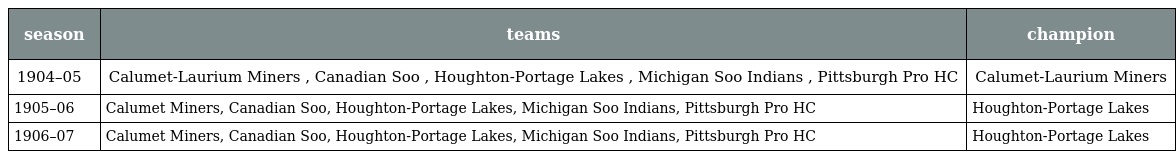
| season | teams | champion |
 | --- | --- | --- |
 | 1904–05 | Calumet-Laurium Miners , Canadian Soo , Houghton-Portage Lakes , Michigan Soo Indians , Pittsburgh Pro HC | Calumet-Laurium Miners |
 | 1905–06 | Calumet Miners, Canadian Soo, Houghton-Portage Lakes, Michigan Soo Indians, Pittsburgh Pro HC | Houghton-Portage Lakes |
 | 1906–07 | Calumet Miners, Canadian Soo, Houghton-Portage Lakes, Michigan Soo Indians, Pittsburgh Pro HC | Houghton-Portage Lakes |